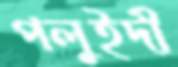
পলুইদী